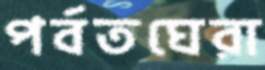
পর্বতঘেরা